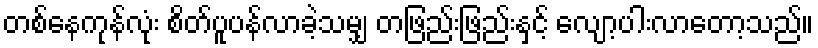
တစ်နေကုန်လုံး စိတ်ပူပန်လာခဲ့သမျှ တဖြည်းဖြည်းနှင့် လျော့ပါးလာတော့သည်။